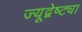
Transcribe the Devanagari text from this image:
ज्यूद्वेष्ट्या